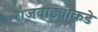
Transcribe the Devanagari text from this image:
राजवाड्याकडे